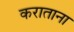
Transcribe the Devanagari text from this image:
कराताना